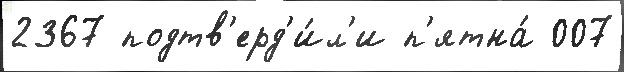
2367 подтв'ерд'и́л'и п'ятна́ 007